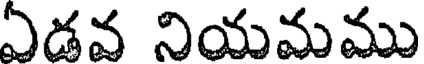
ఏడవ నియమము